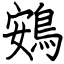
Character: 鴳